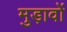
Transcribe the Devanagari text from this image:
मुड़ावों